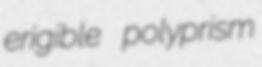
erigible polyprism